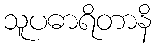
သူပဓာရိတာနိ